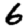
Digit: 6